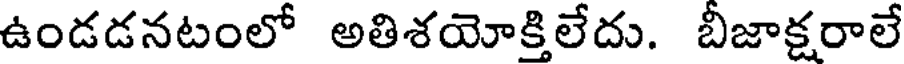
ఉండడనటంలో అతిశయోక్తిలేదు. బీజాక్షరాలే